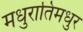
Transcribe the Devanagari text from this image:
मधुरातिमधुर